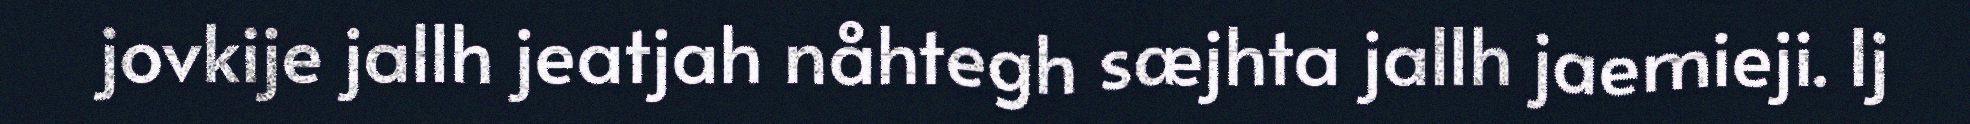
jovkije jallh jeatjah nåhtegh sæjhta jallh jaemieji. Ij